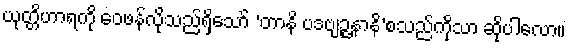
ယုတ္တိဟာရကို ဝေဖန်လိုသည်ရှိသော် ‘တာနိ ပဒဗျဉ္ဇနာနိ’စသည်ကိုသာ ဆိုပါလော။